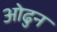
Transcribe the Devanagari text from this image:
ओढुन